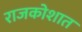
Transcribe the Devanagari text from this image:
राजकोशात